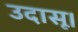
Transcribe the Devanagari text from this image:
उदासू।